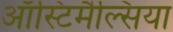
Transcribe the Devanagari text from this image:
ऑस्टिमैल्सिया